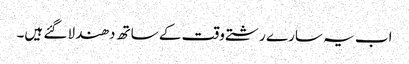
اب یہ سارے رشتے وقت کے ساتھ دھندلا گئے ہیں۔